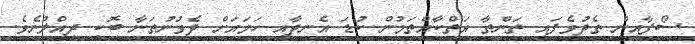
ސޯފާއިން ތެދުވެފައި ތަންތާ އަތްކާއްތަމުން ކުޑަ އެނދާއި ހަމައަށް ދެވުނުތަނާ ބޮކި ދިއްލުނެވެ.